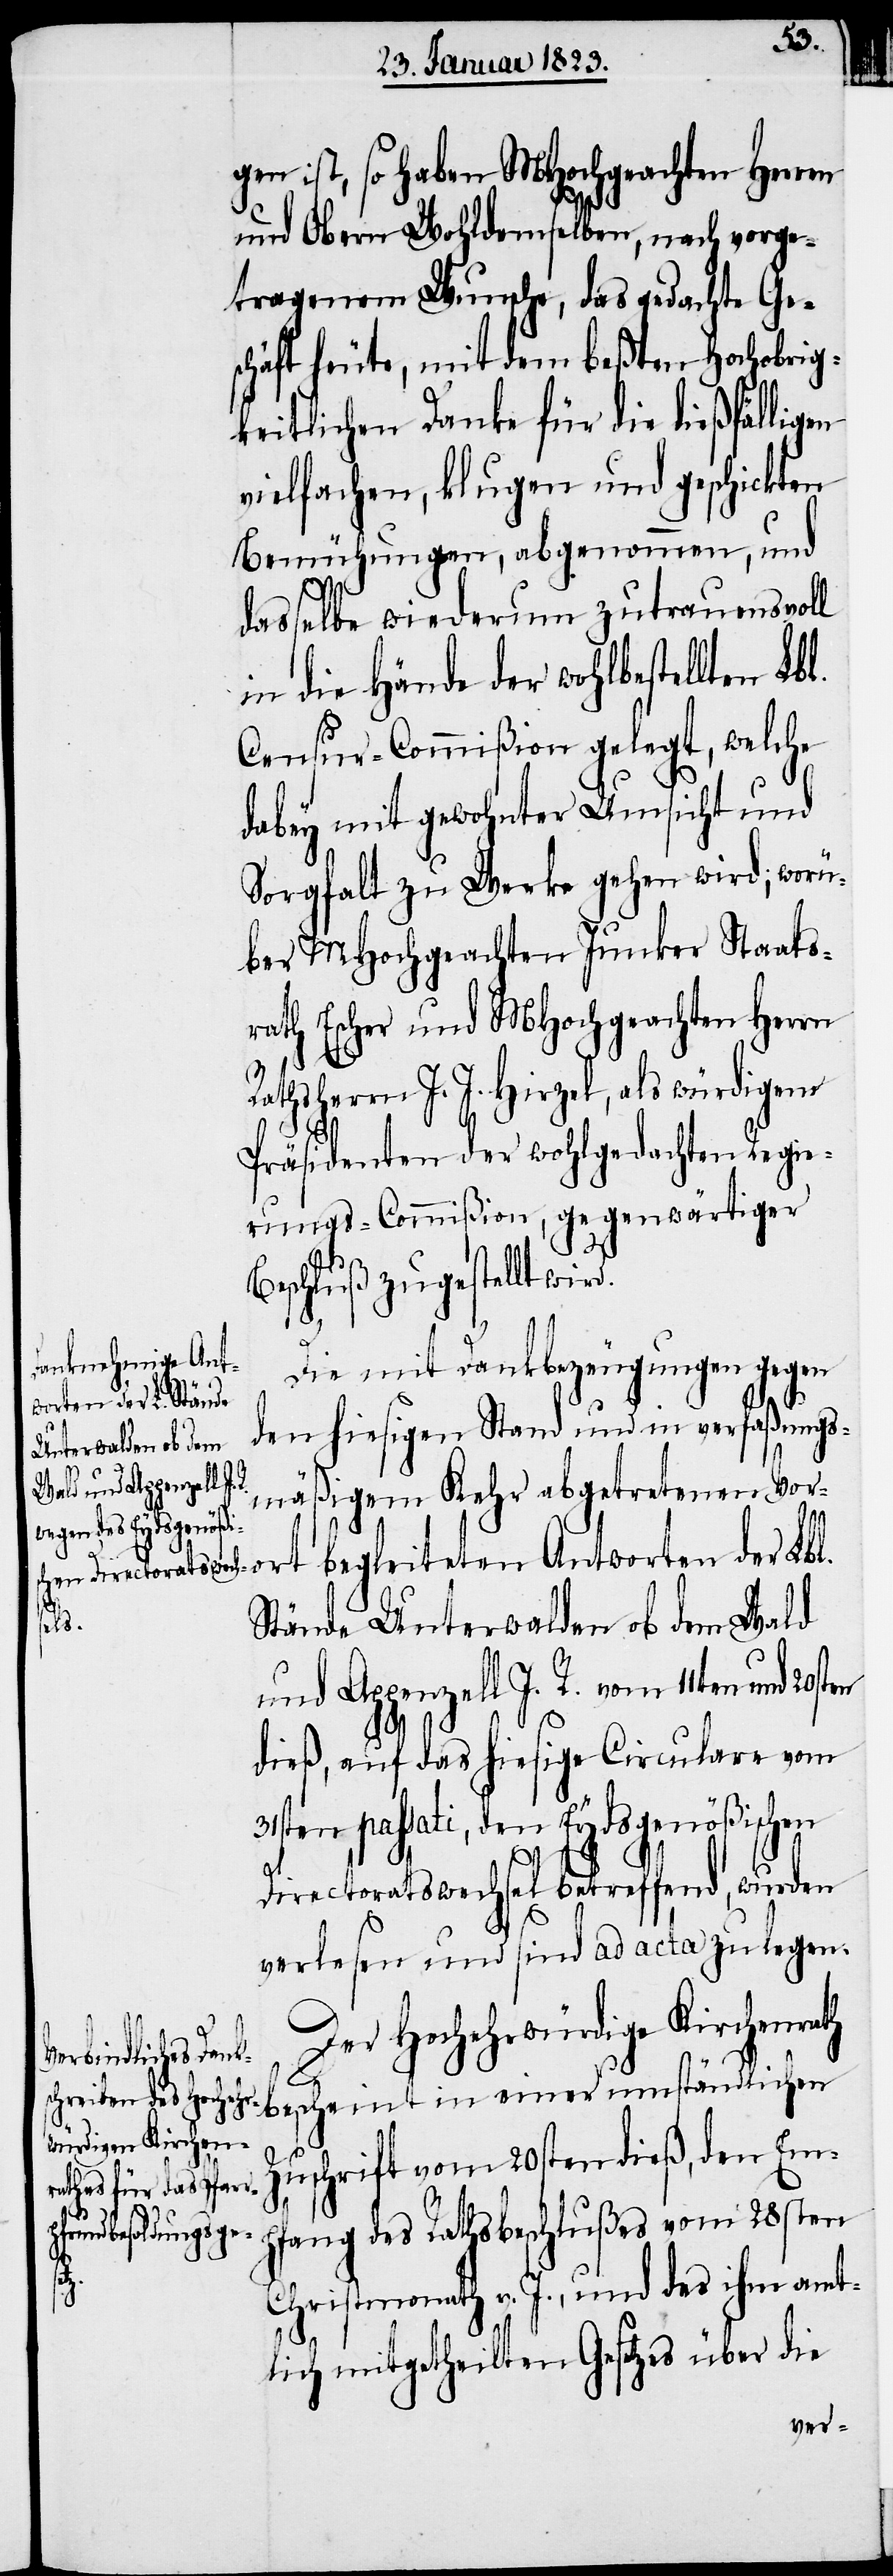
gen ist, so haben MHochgeachten Herren
und Obern Wohldemselben, nach vorge¬
tragenem Wunsche, das gedachte Ge¬
schäft heute, mit dem beßten Hochobrig¬
keitlichen Danke für die dießfälligen
vielfachen, klugen und geschickten
Bemühungen, abgenommen, und
dasselbe wiederum zutrauensvoll
in die Hände der wohlbestellten Lbl.
Censur-Commißion gelegt, welche
dabey mit gewohnter Umsicht und
Sorgfalt zu Werke gehen wird; worü¬
ber MHochgeachten Junker Staats¬
rath Escher und MHochgeachten Herrn
Rathsherrn J. J. Hirzel, als würdigem
Präsidenten der wohlgedachten Regie¬
rungs-Commißion, gegenwärtiger
Beschluß zugestellt wir¬
Die mit Dankbezeugungen gegen
den hiesigen Stand und in verfaßungs¬
mäßigem Kehr abgetretenen Voro¬
rt begleiteten Antworten der Lbl.
d.
Stände Unterwalden ob dem Wald
und Appenzell I. R. vom 11ten und
dieß, auf das hiesige Circulare vom
31sten passati, den Eydsgenößischen
Directoratswechsel betreffend, wurden
verlesen und sind ad acta zu legen.
Der Hochehrwürdige Kirchenrath
mständlichen Zu¬
schrift vom 20sten dieß, den Em¬
pfang des Rathsbeschlußes vom 28sten
Christmonath v. J., und des ihm amt¬
lich mitgetheilten Gesetzes über die